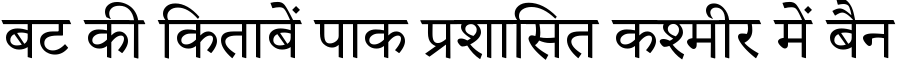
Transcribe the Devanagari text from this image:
बट की किताबें पाक प्रशासित कश्मीर में बैन